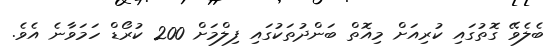
ބެލެވޭ ގޮތުގައި ކުރިއަށް މިއޮތް ބަންދުތަކުގައި ފިލްމަށް 200 ކުރޯޑް ހަމަވާނެ އެވެ.